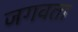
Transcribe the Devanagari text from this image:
जगवता